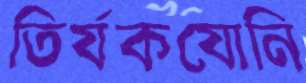
তির্যকযোনি